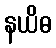
နယိဓ